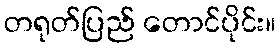
တရုတ်ပြည် တောင်ပိုင်း။